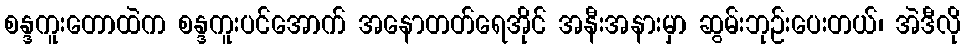
စန္ဒကူးတောထဲက စန္ဒကူးပင်အောက် အနောတတ်ရေအိုင် အနီးအနားမှာ ဆွမ်းဘုဉ်းပေးတယ်၊ အဲဒီလို